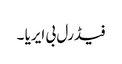
فیڈرل بی ایریا ۔